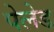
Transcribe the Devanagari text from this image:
पेलेड